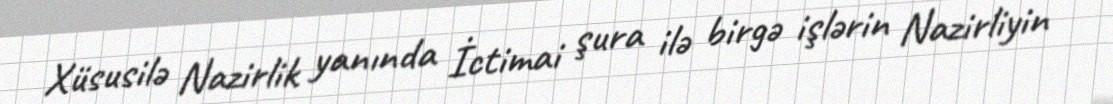
Xüsusilə Nazirlik yanında İctimai şura ilə birgə işlərin Nazirliyin